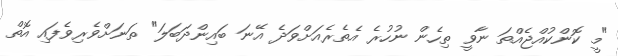
"މީ ކޮންކުއްޖެއްތަ ނާވީ ތިހެން ނުހުރެ އެތެރެއަށްވަދެ އޭނަ ބައިންދަބަލަ" ތަނަށްވެރިވެފައި އޮތް